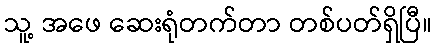
သူ့ အဖေ ဆေးရုံတက်တာ တစ်ပတ်ရှိပြီ။